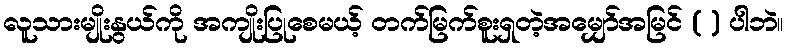
လူသားမျိုးနွယ်ကို အကျိုးပြုစေမယ့် တက်မြက်စူးရှတဲ့အမျှော်အမြင် ( ) ပါဘဲ။